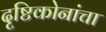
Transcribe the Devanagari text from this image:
दृष्टिकोनांचा